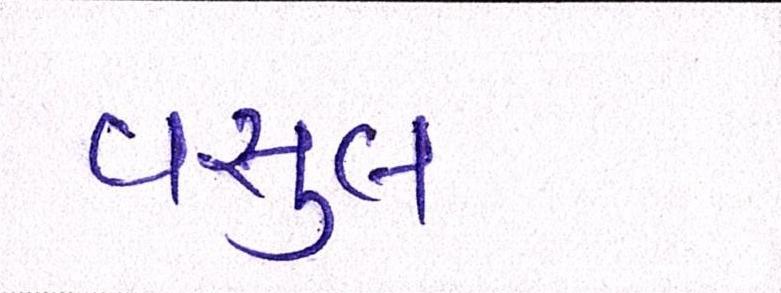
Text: વસુલ